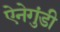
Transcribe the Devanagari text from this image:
ऐनेगुंडी